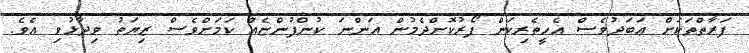
ފަރާތްތަކަށް އަބަދުވެސް އެހީތެރިކަން ފޯރުކޮށްދެމުން އަންނަ ކުންފުންޏެއް ކަމަށްވެސް ޒިޔަތު ވިދާޅުވި އެވެ.